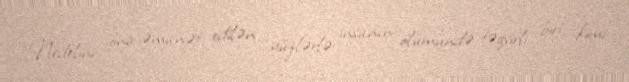
Nedelini ona əmanət edilən yüzlərlə insanın ölümündə təqsirli biri kimi